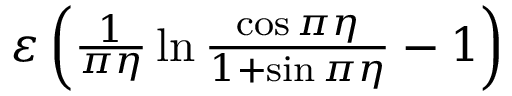
\begin{array} { r } { \varepsilon \left( \frac { 1 } { \pi \eta } \ln \frac { \cos \pi \eta } { 1 + \sin \pi \eta } - 1 \right) } \end{array}